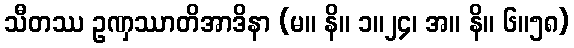
သီတဿ ဥဏှဿာတိအာဒိနာ (မ။ နိ။ ၁။၂၄၊ အ။ နိ။ ၆။၅၈)